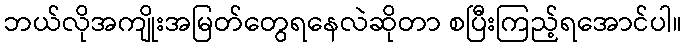
ဘယ်လိုအကျိုးအမြတ်တွေရနေလဲဆိုတာ စပြီးကြည့်ရအောင်ပါ။